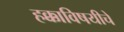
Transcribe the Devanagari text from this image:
हक्काविषयीचे